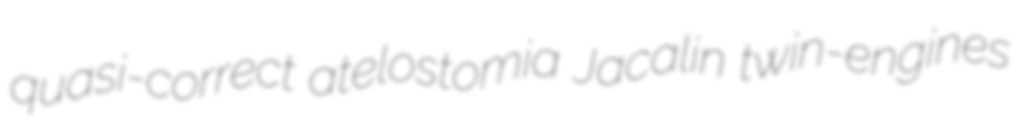
quasi-correct atelostomia Jacalin twin-engines